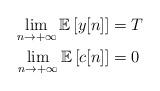
LaTeX: \begin{align*}\lim_{n\rightarrow +\infty} \mathbb{E}\left[ y[n] \right] &= T \\\lim_{n\rightarrow +\infty} \mathbb{E}\left[ c[n] \right] &= 0 \end{align*}